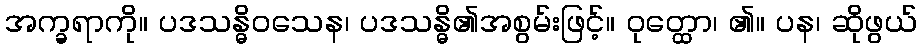
အက္ခရာကို။ ပဒသန္ဓိဝသေန၊ ပဒသန္ဓိ၏အစွမ်းဖြင့်။ ဝုတ္ထော၊ ၏။ ပန၊ ဆိုဖွယ်